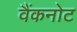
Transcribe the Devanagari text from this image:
वैंकनोट